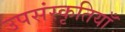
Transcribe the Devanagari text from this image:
उपसंस्कृतियाँ